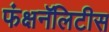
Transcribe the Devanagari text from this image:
फंक्षनॅलिटीस